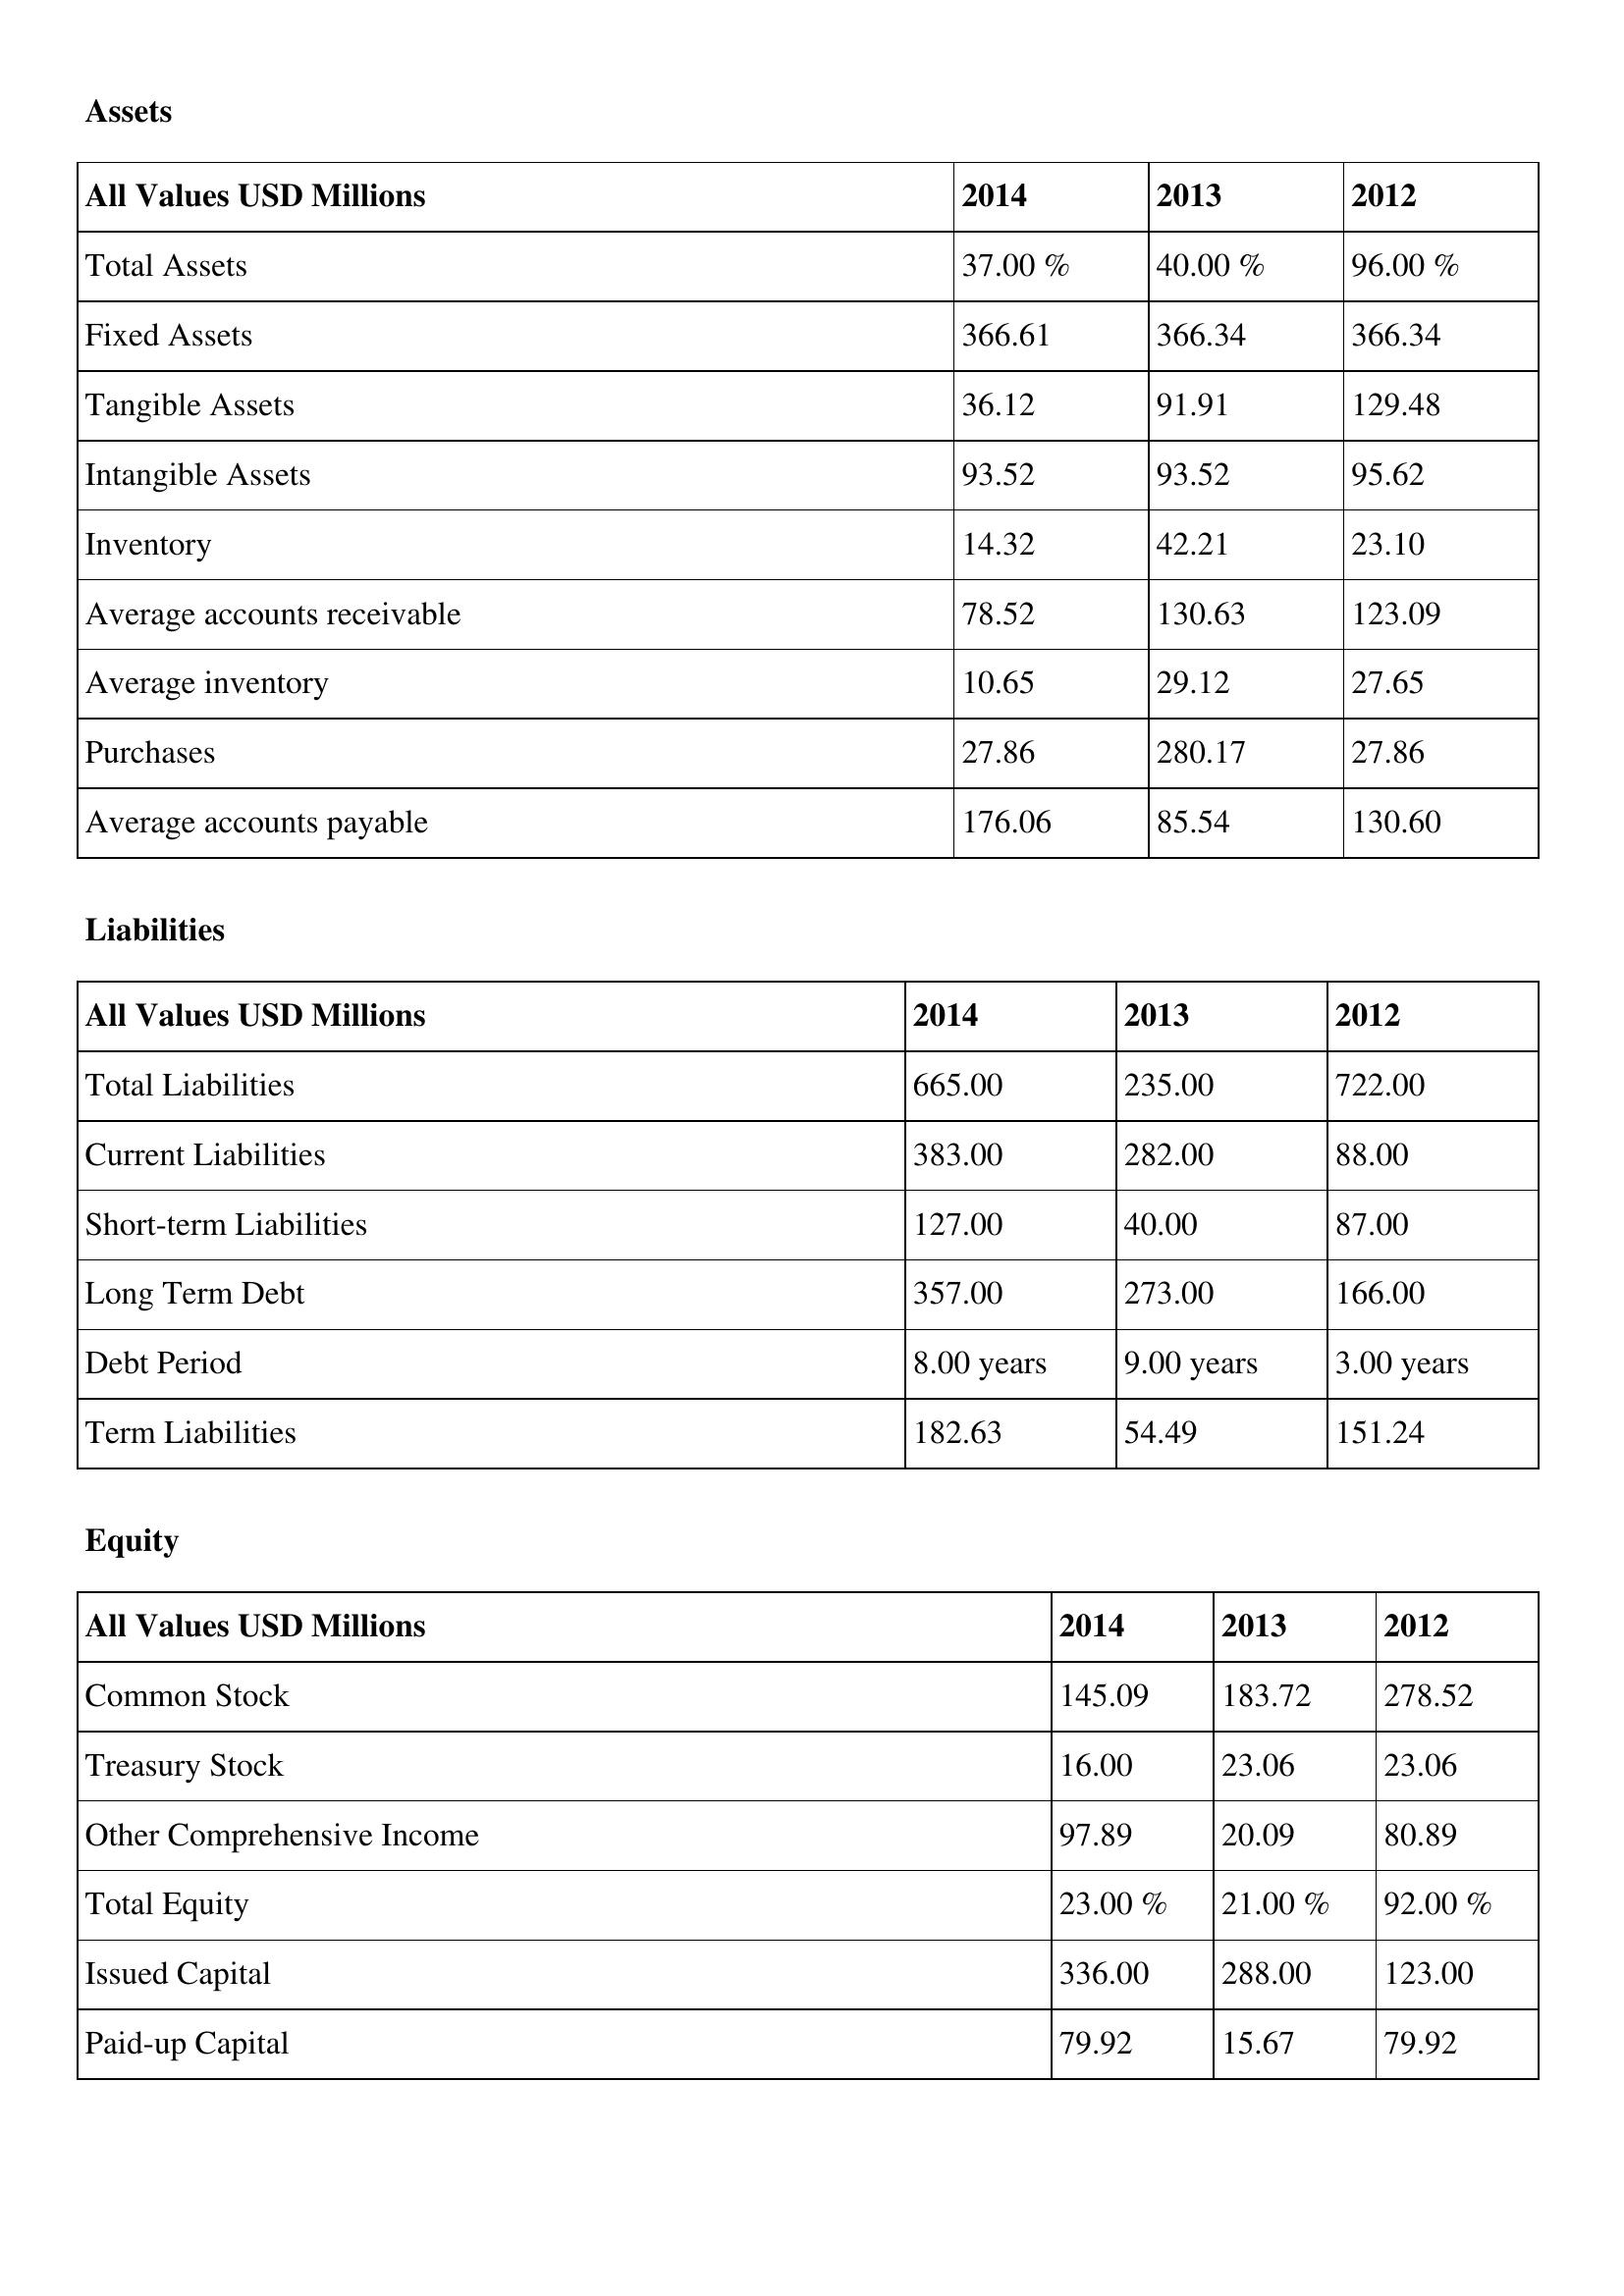
gt_parse: 2014: Assets: Total Assets: 37.00 %
Fixed Assets: 366.61
Tangible Assets: 36.12
Intangible Assets: 93.52
Inventory: 14.32
Average accounts receivable: 78.52
Average inventory: 10.65
Purchases: 27.86
Average accounts payable: 176.06
Liabilities: Total Liabilities: 665.00
Current Liabilities: 383.00
Short-term Liabilities: 127.00
Long Term Debt: 357.00
Debt Period: 8.00 years
Term Liabilities: 182.63
Equity: Common Stock: 145.09
Treasury Stock: 16.00
Other Comprehensive Income: 97.89
Total Equity: 23.00 %
Issued Capital: 336.00
Paid-up Capital: 79.92
2013: Assets: Total Assets: 40.00 %
Fixed Assets: 366.34
Tangible Assets: 91.91
Intangible Assets: 93.52
Inventory: 42.21
Average accounts receivable: 130.63
Average inventory: 29.12
Purchases: 280.17
Average accounts payable: 85.54
Liabilities: Total Liabilities: 235.00
Current Liabilities: 282.00
Short-term Liabilities: 40.00
Long Term Debt: 273.00
Debt Period: 9.00 years
Term Liabilities: 54.49
Equity: Common Stock: 183.72
Treasury Stock: 23.06
Other Comprehensive Income: 20.09
Total Equity: 21.00 %
Issued Capital: 288.00
Paid-up Capital: 15.67
2012: Assets: Total Assets: 96.00 %
Fixed Assets: 366.34
Tangible Assets: 129.48
Intangible Assets: 95.62
Inventory: 23.10
Average accounts receivable: 123.09
Average inventory: 27.65
Purchases: 27.86
Average accounts payable: 130.60
Liabilities: Total Liabilities: 722.00
Current Liabilities: 88.00
Short-term Liabilities: 87.00
Long Term Debt: 166.00
Debt Period: 3.00 years
Term Liabilities: 151.24
Equity: Common Stock: 278.52
Treasury Stock: 23.06
Other Comprehensive Income: 80.89
Total Equity: 92.00 %
Issued Capital: 123.00
Paid-up Capital: 79.92